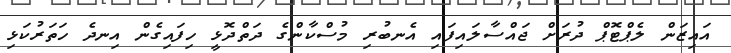
އައިޒަން ލެޕްޓޮޕް ދުރަށް ޖައްސާލައިފައި އެނބުރި މުސްކާންގެ ދަތްދޮޅީ ހިފައިގެން އިނދެ ހަތަރުކަޅި